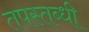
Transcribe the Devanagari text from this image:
तपस्तब्धी